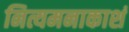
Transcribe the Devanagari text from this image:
नित्यमनाकाशं